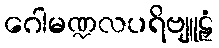
ဂေါမဏ္ဍလပရိဗျူဠှံ